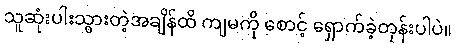
သူဆုံးပါးသွားတဲ့အချိန်ထိ ကျမကို စောင့် ရှောက်ခဲ့တုန်းပါပဲ။